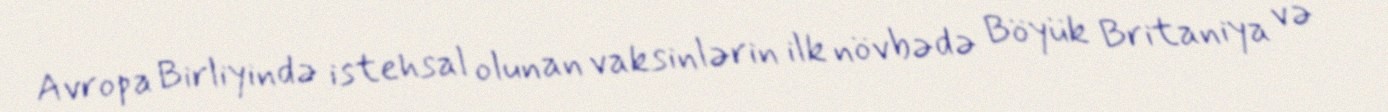
Avropa Birliyində istehsal olunan vaksinlərin ilk növbədə Böyük Britaniya və